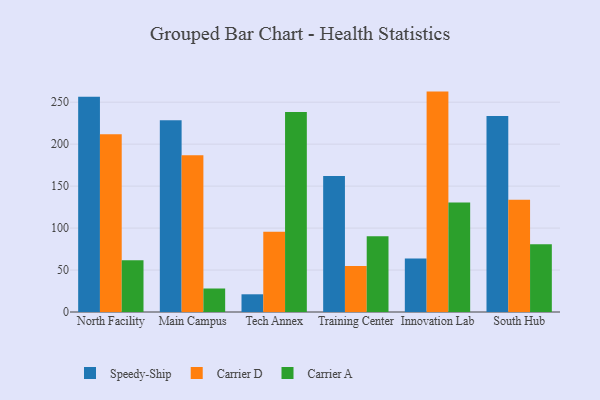
{"axis": {"x": "Campus", "y": "Churn Rate (%)"}, "legend": ["Carrier A", "Carrier D", "Speedy-Ship"], "data": [{"x": "North Facility", "y": 256.4, "type": "Speedy-Ship"}, {"x": "North Facility", "y": 211.8, "type": "Carrier D"}, {"x": "North Facility", "y": 61.8, "type": "Carrier A"}, {"x": "Main Campus", "y": 228.4, "type": "Speedy-Ship"}, {"x": "Main Campus", "y": 186.9, "type": "Carrier D"}, {"x": "Main Campus", "y": 28.0, "type": "Carrier A"}, {"x": "Tech Annex", "y": 21.1, "type": "Speedy-Ship"}, {"x": "Tech Annex", "y": 95.5, "type": "Carrier D"}, {"x": "Tech Annex", "y": 238.4, "type": "Carrier A"}, {"x": "Training Center", "y": 162.1, "type": "Speedy-Ship"}, {"x": "Training Center", "y": 54.8, "type": "Carrier D"}, {"x": "Training Center", "y": 90.3, "type": "Carrier A"}, {"x": "Innovation Lab", "y": 63.7, "type": "Speedy-Ship"}, {"x": "Innovation Lab", "y": 262.6, "type": "Carrier D"}, {"x": "Innovation Lab", "y": 130.4, "type": "Carrier A"}, {"x": "South Hub", "y": 233.5, "type": "Speedy-Ship"}, {"x": "South Hub", "y": 133.7, "type": "Carrier D"}, {"x": "South Hub", "y": 80.7, "type": "Carrier A"}]}